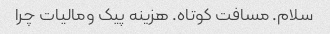
سلام. مسافت کوتاه. هزینه پیک ومالیات چرا